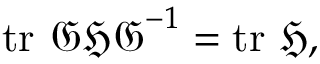
\operatorname { t r } \, { \mathfrak { G H G } } ^ { - 1 } = \operatorname { t r } \, { \mathfrak { H } } ,